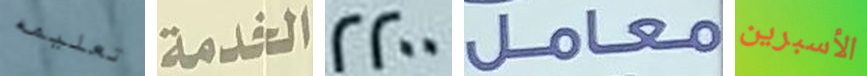
تعليمه الخدمة 2200 معامل الأسبرين